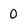
Character: 0